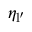
\eta _ { \mathrm { l ^ { \prime } } }